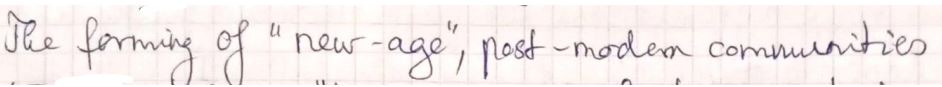
The forming of " new-age, post-modern communities